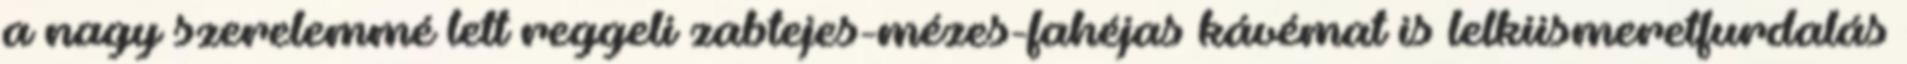
a nagy szerelemmé lett reggeli zabtejes-mézes-fahéjas kávémat is lelkiismeretfurdalás